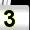
Digit: 3